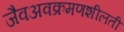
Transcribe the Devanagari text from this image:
जैवअवक्रमणशीलती